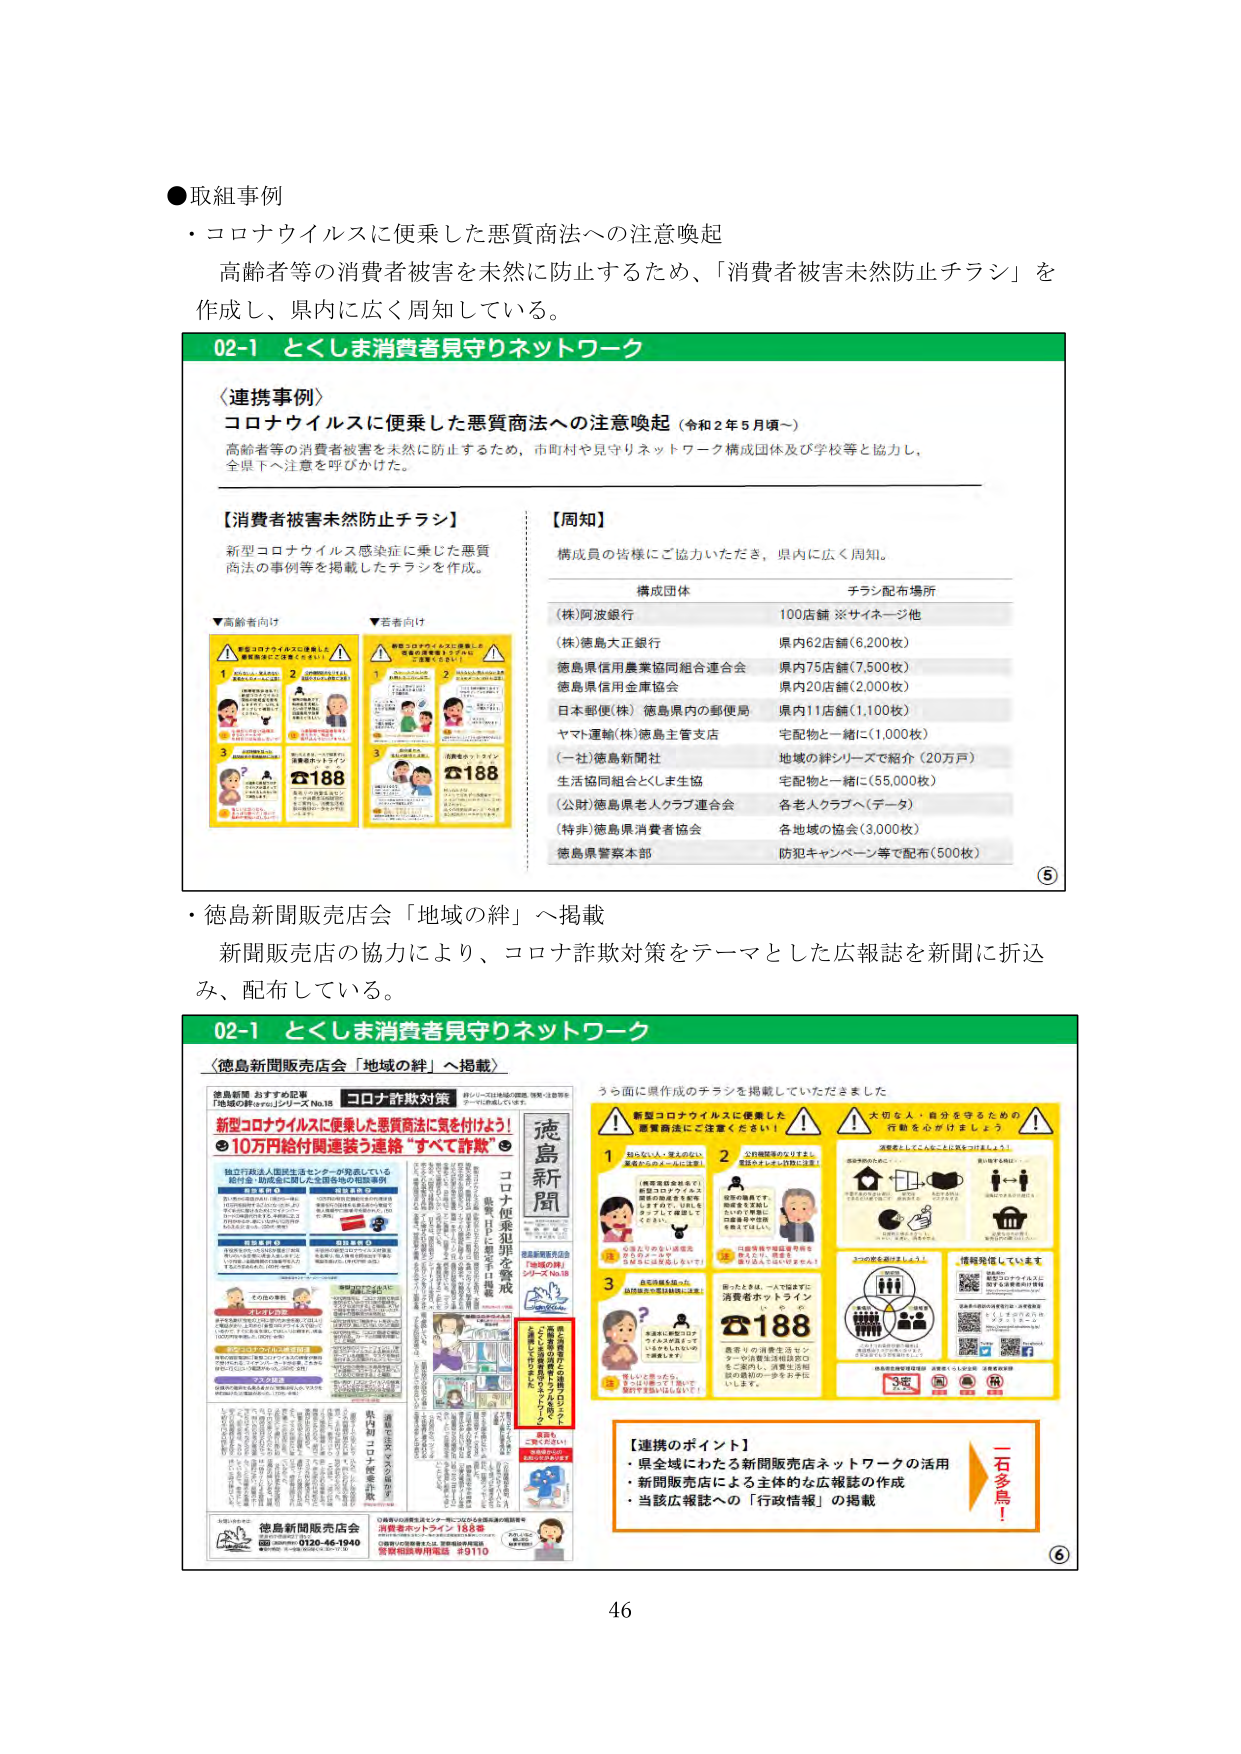
●取組事例
・コロナウイルスに便乗した悪質商法への注意喚起
高齢者等の消費者被害を未然に防止するため、「消費者被害未然防止チラシ」を作成し、県内に広く周知している。

02-1 とくしま消費者見守りネットワーク

〈連携事例〉
コロナウイルスに便乗した悪質商法への注意喚起（令和2年5月頃～）
高齢者等の消費者被害を未然に防止するため、市町村や見守りネットワーク構成団体及び学校等と協力し、全県下へ注意を呼びかけた。

【消費者被害未然防止チラシ】
新型コロナウイルス感染症に乗じた悪質商法の事例等を掲載したチラシを作成。

▼高齢者向け
1. 新型コロナウイルスに便乗した悪質商法にご注意ください！
　　① お年寄りに「新型コロナウイルス対策」を名乗った人物が訪問し、高額な商品を強要する事例
　　② 「新型コロナウイルス対策」を名乗った人物が電話で、高額な商品を販売する事例
　　③ 「新型コロナウイルス対策」を名乗った人物が、高額な商品を宅配で届ける事例
　　※ いずれも、消費者は「新型コロナウイルス対策」という名目で、高額な商品を購入させられている。
　　※ こうした商法は、消費者を欺く「悪質商法」です。
　　※ お困りの場合は、消費者ホットライン188にご相談ください。

▼若者向け
1. 新型コロナウイルスに便乗した悪質商法にご注意ください！
　　① 「新型コロナウイルス対策」を名乗った人物が、高額な商品を販売する事例
　　② 「新型コロナウイルス対策」を名乗った人物が、高額な商品を宅配で届ける事例
　　③ 「新型コロナウイルス対策」を名乗った人物が、高額な商品を強要する事例
　　※ いずれも、消費者は「新型コロナウイルス対策」という名目で、高額な商品を購入させられている。
　　※ こうした商法は、消費者を欺く「悪質商法」です。
　　※ お困りの場合は、消費者ホットライン188にご相談ください。

【周知】
構成員の皆様にご協力いただき、県内に広く周知。

構成団体　　　　　　　　　　チラシ配布場所
(株)阿波銀行　　　　　　　　100店舗 ※サイネージ他
(株)徳島大正銀行　　　　　　県内62店舗（6,200枚）
徳島県信用農業協同組合連合会　県内75店舗（7,500枚）
徳島県信用金庫協会　　　　県内20店舗（2,000枚）
日本郵便(株) 徳島県内の郵便局　県内11店舗（1,100枚）
ヤマト運輸(株)徳島主管支店　宅配物と一緒に（1,000枚）
(一社)徳島新聞社　　　　　　地域の絆シリーズで紹介（20万戸）
生活協同組合とくしま生協　　宅配物と一緒に（55,000枚）
(公財)徳島県老人クラブ連合会　各老人クラブへ（データ）
(特非)徳島県消費者協会　　　各地域の協会（3,000枚）
徳島県警察本部　　　　　　防犯キャンペーン等で配布（500枚）

・徳島新聞販売店会「地域の絆」へ掲載
新聞販売店の協力により、コロナ詐欺対策をテーマとした広報誌を新聞に折込み、配布している。

02-1 とくしま消費者見守りネットワーク

〈徳島新聞販売店会「地域の絆」へ掲載〉
徳島新聞 おすすめ記事
「地域の絆」シリーズ No.18
コロナ詐欺対策
新型コロナウイルスに便乗した悪質商法に気を付けよう！
10万円給付関連装う連絡「すべて詐欺」

執行行徳島県生活センターが発表している
詐欺・相談全般に関する注意喚起や相談事例

徳島新聞販売店会
「地域の絆」
徳島新聞販売店会
消費者ホットライン 188
0120-46-1940
営業相談専用電話 9110

うら面に興作成のチラシを掲載していただきました

新型コロナウイルスに便乗した悪質商法にご注意ください！
1. お年寄りに、高額な商品を強要する事例
　　「新型コロナウイルス対策」を名乗った人物が、高額な商品を強要する事例
　　※ こうした商法は、消費者を欺く「悪質商法」です。
　　※ お困りの場合は、消費者ホットライン188にご相談ください。

2. 電話で高額な商品を販売する事例
　　「新型コロナウイルス対策」を名乗った人物が、高額な商品を販売する事例
　　※ こうした商法は、消費者を欺く「悪質商法」です。
　　※ お困りの場合は、消費者ホットライン188にご相談ください。

3. 宅配で高額な商品を届ける事例
　　「新型コロナウイルス対策」を名乗った人物が、高額な商品を宅配で届ける事例
　　※ こうした商法は、消費者を欺く「悪質商法」です。
　　※ お困りの場合は、消費者ホットライン188にご相談ください。

大切な人・自分を守るための行動を心がけましょう！
・高齢者を訪問する際は、マスクや手袋を着用し、手洗いを徹底しましょう。
・高齢者が電話やメールで「新型コロナウイルス対策」を名乗った人物と話している場合は、周囲の人が確認をしましょう。
・高齢者が「新型コロナウイルス対策」を名乗った人物から商品を購入した場合は、すぐに消費者ホットライン188にご相談ください。

3つの心がけましょう！
・高齢者の生活を守るための「見守り」
・高齢者の健康を守るための「健康チェック」
・高齢者の安全を守るための「安全対策」

情報発信しています
徳島県生活センター
https://www.tokushima-ken.go.jp
消費者ホットライン188
0120-46-1940

【連携のポイント】
・県全域にわたる新聞販売店ネットワークの活用
・新聞販売店による主体的な広報誌の作成
・当該広報誌への「行政情報」の掲載

一石多鳥！

5
6
46